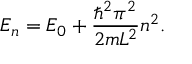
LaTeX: E _ { n } = E _ { 0 } + { \frac { \hbar ^ { 2 } \pi ^ { 2 } } { 2 m L ^ { 2 } } } n ^ { 2 } .